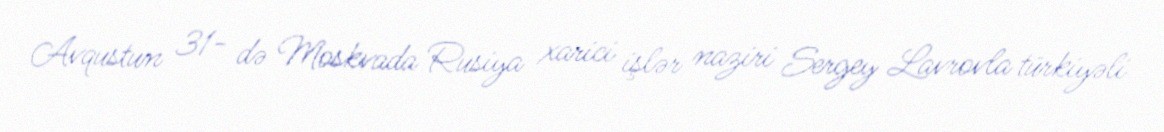
Avqustun 31- də Moskvada Rusiya xarici işlər naziri Sergey Lavrovla türkiyəli